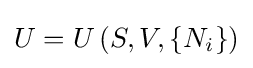
{\textstyle U=U\left(S,V,\{N_{i}\}\right)}